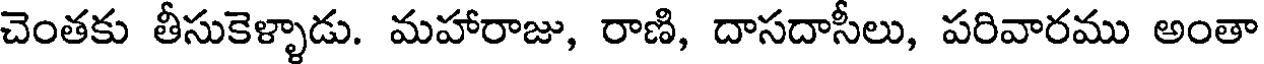
చెంతకు తీసుకెళ్ళాడు. మహారాజు, రాణి, దాసదాసీలు, పరివారము అంతా